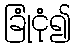
ခြုံငုံ၍